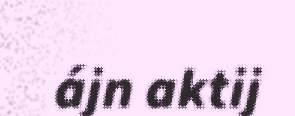
ájn aktij